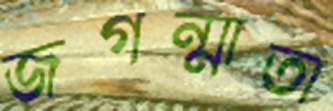
জগন্মাতা